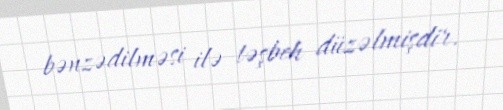
bənzədilməsi ilə təşbeh düzəlmişdir.